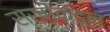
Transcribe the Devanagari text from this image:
सखीकडून